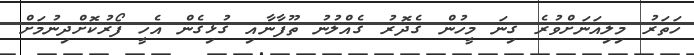
ހަތަރު މިލިއަނަށްވުރެ ގިނަ މީހުން ގެދޮރު ގެއްލުނު ތޫފާނާއި ގުޅިގެން އެހީ ފޯރުކޮށްދިނުމަށް